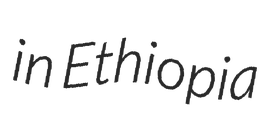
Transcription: in Ethiopia